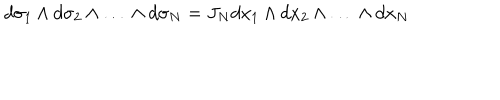
d \sigma _ { 1 } \wedge d \sigma _ { 2 } \wedge \ldots \, \wedge d \sigma _ { N } = J _ { N } d x _ { 1 } \wedge d x _ { 2 } \wedge \ldots \, \wedge d x _ { N }